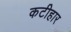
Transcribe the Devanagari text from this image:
कटीहार